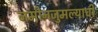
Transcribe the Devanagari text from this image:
जमीनजुमल्याची